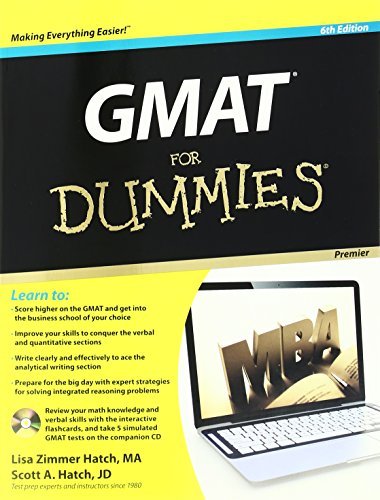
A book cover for GMAT For Dummies, with CD; Lisa Zimmer Hatch; Test Preparation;